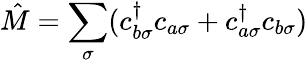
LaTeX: \hat{M}=\sum_{\sigma}(c_{b\sigma}^{\dagger}c_{a\sigma}+c_{a\sigma}^{\dagger}c_{b\sigma})